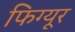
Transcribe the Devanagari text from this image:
फिग्यूर